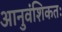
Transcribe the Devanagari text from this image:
आनुवंशिकतः